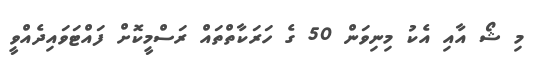
މި ޝޯ އާއި އެކު މިނިވަން 50 ގެ ހަރަކާތްތައް ރަސްމީކޮށް ފައްޓަވައިދެއްވީ